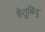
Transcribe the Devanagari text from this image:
हेतुबिंदु